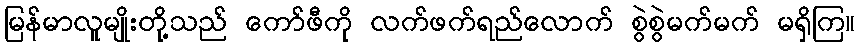
မြန်မာလူမျိုးတို့သည် ကော်ဖီကို လက်ဖက်ရည်လောက် စွဲစွဲမက်မက် မရှိကြ။